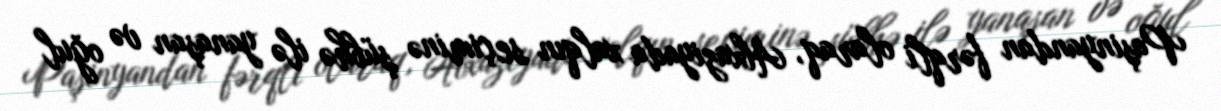
Paşinyandan fərqli olaraq, Abxaziyada xalqın seçiminə şübhə ilə yanaşan və oğul